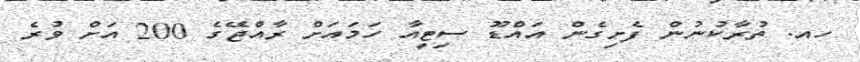
ހއ. ތުރާކުނުން ފެށިގެން އައްޑޫ ސިޓީއާ ހަމައަށް ރާއްޖޭގެ 200 އަށް ވުރެ